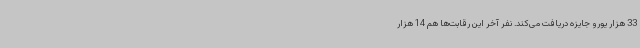
33 هزار یورو جایزه دریافت می‌کند. نفر آخر این رقابت‌ها هم 14 هزار